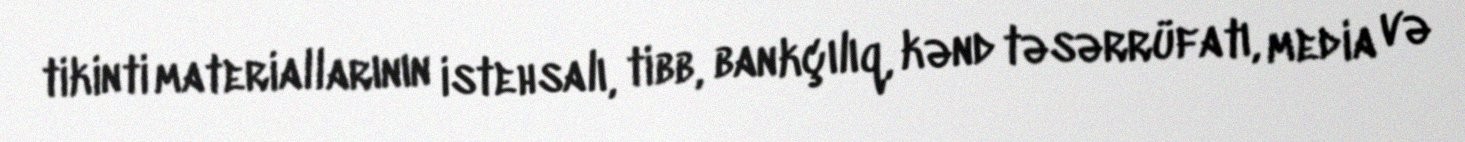
tikinti materiallarının istehsalı, tibb, bankçılıq, kənd təsərrüfatı, media və